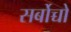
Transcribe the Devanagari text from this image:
सर्बोच्चो